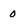
Character: 0